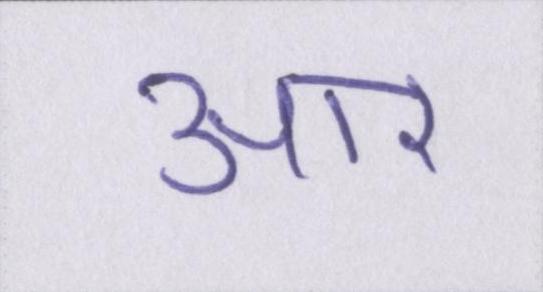
आर